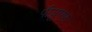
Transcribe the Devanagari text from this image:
पीयूएफ